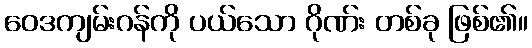
ဝေဒကျမ်းဂန်ကို ပယ်သော ဂိုဏ်း တစ်ခု ဖြစ်၏။